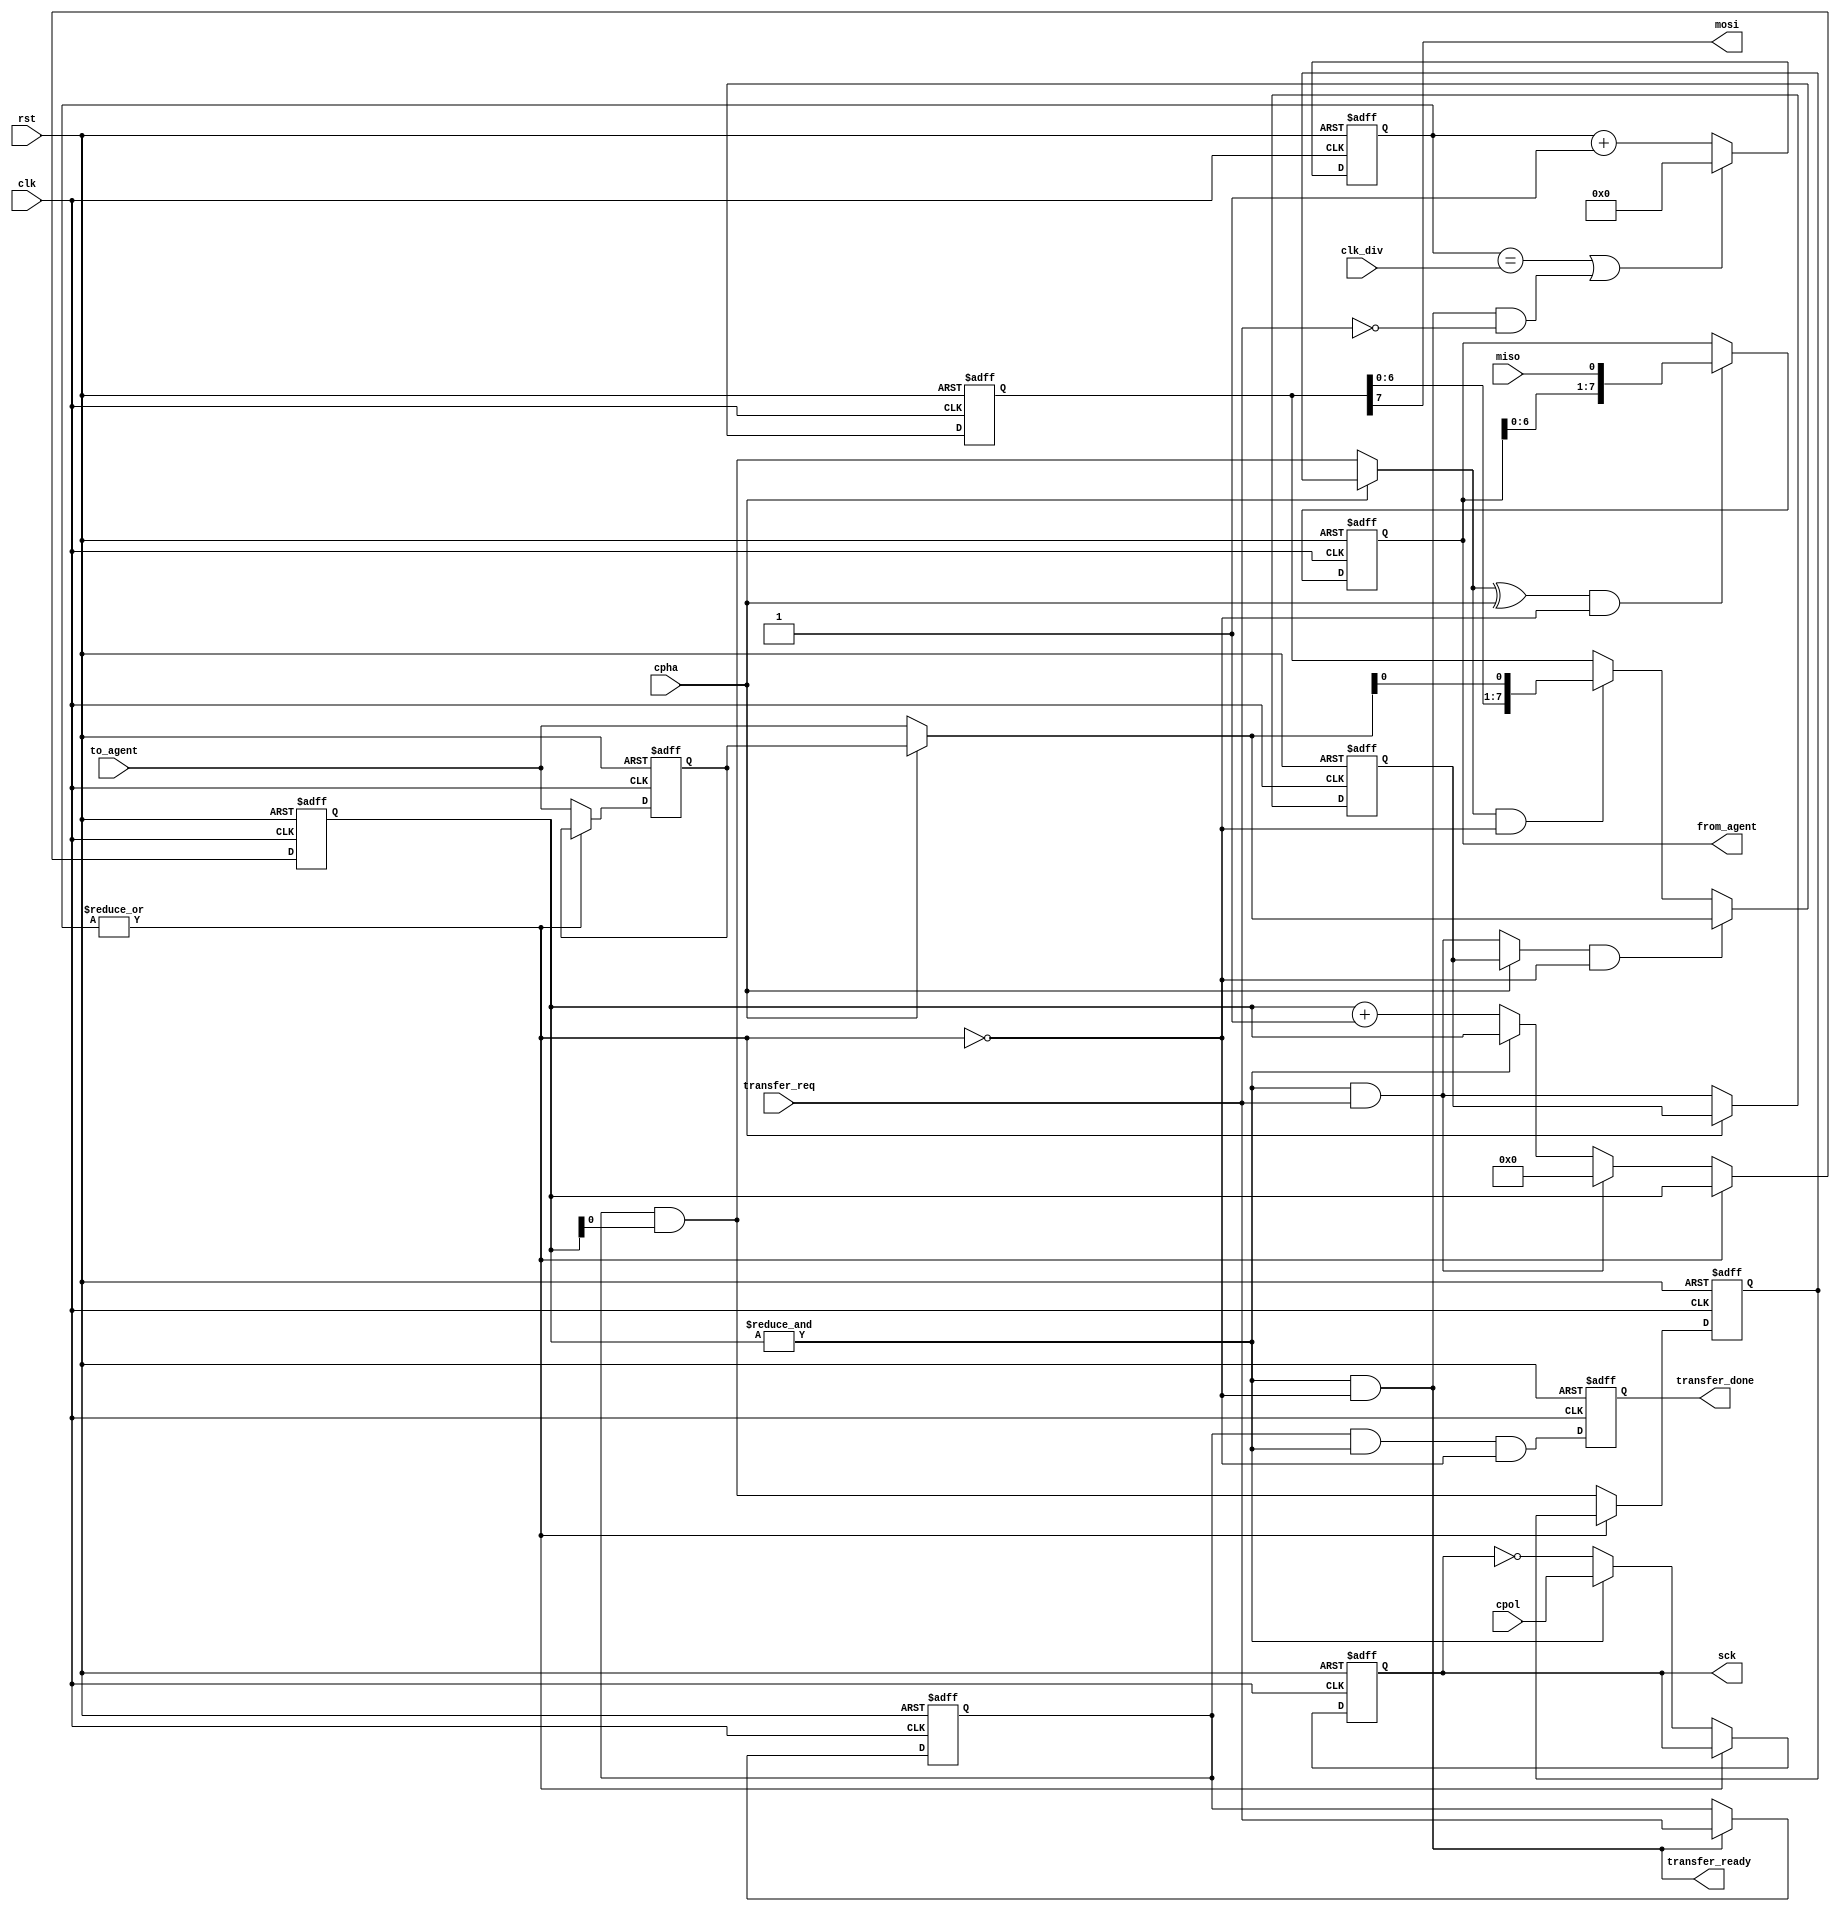
module spi_host(
		input wire clk,
		input wire rst,

		input wire[7:0] clk_div,
		input wire cpol,
		input wire cpha,

		output reg sck,
		output wire mosi,
		input wire miso,

		input wire transfer_req,
		output wire transfer_ready,
		output reg transfer_done,
		input wire[7:0] to_agent,
		output wire[7:0] from_agent);
		
	wire timer_pulse;
	wire last_cycle;
	
	wire load_en;
	wire shift_en;
	wire next_load_en;
	wire next_shift_en;
	wire[7:0] load_data;
	
	reg[3:0] cycle_count;
	reg[7:0] timer;
	reg transfer_active;
	
	reg load_en_ff;
	reg shift_en_ff;
	reg[7:0] load_data_hold;
	
	reg[7:0] tx_shift;
	reg[7:0] rx_shift;
	
	assign timer_pulse = ~|timer;
	assign last_cycle = &cycle_count;
	
	assign next_load_en = last_cycle & transfer_req;
	assign load_en = cpha ? load_en_ff : next_load_en;
	assign next_shift_en = transfer_active & cycle_count[0];
	assign shift_en = cpha ? shift_en_ff : next_shift_en;
	assign load_data = cpha ? load_data_hold : to_agent;
	
	assign mosi = tx_shift[7];
	assign transfer_ready = last_cycle & timer_pulse;
	assign from_agent = rx_shift;
	
	always @(posedge clk or posedge rst)
	begin
		if(rst)
		begin
			sck <= 1'b0;
			transfer_done <= 1'b0;
			cycle_count <= 4'hF;
			timer <= 8'h00;
			transfer_active <= 1'b0;
			load_en_ff <= 1'b0;
			shift_en_ff <= 1'b0;
			load_data_hold <= 8'h00;
			tx_shift <= 8'h00;
			rx_shift <= 8'h00;
		end
		else
		begin
			if(timer_pulse)
			begin
				if(last_cycle & transfer_req)
					cycle_count <= 4'h0;
				else if(~last_cycle)
					cycle_count <= cycle_count + 4'h1;
			end
			
			if(timer == clk_div || (transfer_ready & ~transfer_req))
				timer <= 8'h0;
			else
				timer <= timer + 8'h01;

			if(transfer_ready)
				transfer_active <= transfer_req;
			
			if(timer_pulse)
			begin
				load_en_ff <= next_load_en;
				shift_en_ff <= next_shift_en;
				load_data_hold <= to_agent;
			end
			
			if(shift_en & timer_pulse)
				tx_shift <= {tx_shift[6:0], load_data[0]};
			if((shift_en ^ cpha) & timer_pulse)
				rx_shift <= {rx_shift[6:0], miso};
			if(load_en & timer_pulse)
				tx_shift <= load_data;
			
			if(timer_pulse)
			begin
				if(last_cycle)
					sck <= cpol;
				else
					sck <= ~sck;
			end
			
			transfer_done <= transfer_active & last_cycle & timer_pulse;
		end
	end
		
endmodule